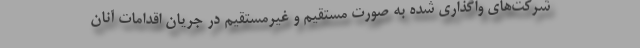
شرکت‌های واگذاری شده به صورت مستقیم و غیرمستقیم در جریان اقدامات آنان